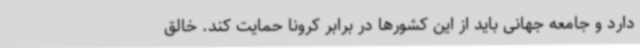
دارد و جامعه جهانی باید از این کشورها در برابر کرونا حمایت کند. خالق